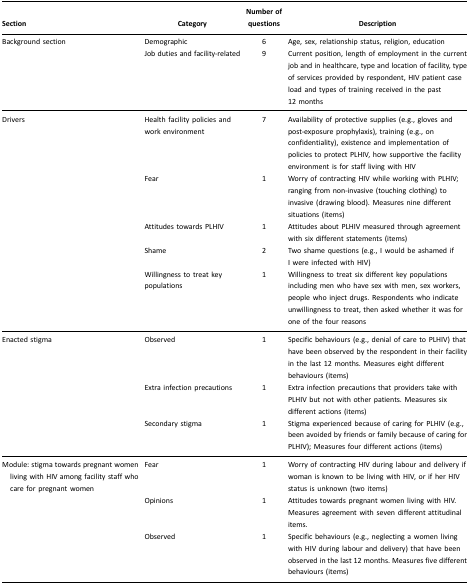
<table><thead><tr><td><b>Section</b></td><td><b>Category</b></td><td><b>Number of questions</b></td><td><b>Description</b></td></tr></thead><tbody><tr><td>Background section</td><td>Demographic</td><td>6</td><td>Age, sex, relationship status, religion, education</td></tr><tr><td></td><td>Job duties and facility-related</td><td>9</td><td>Current position, length of employment in the current job and in healthcare, type and location of facility, type of services provided by respondent, HIV patient case load and types of training received in the past 12 months</td></tr><tr><td>Drivers</td><td>Health facility policies and work environment</td><td>7</td><td>Availability of protective supplies (e.g., gloves and post-exposure prophylaxis), training (e.g., on confidentiality), existence and implementation of policies to protect PLHIV, how supportive the facility environment is for staff living with HIV</td></tr><tr><td></td><td>Fear</td><td>1</td><td>Worry of contracting HIV while working with PLHIV; ranging from non-invasive (touching clothing) to invasive (drawing blood). Measures nine different situations (items)</td></tr><tr><td></td><td>Attitudes towards PLHIV</td><td>1</td><td>Attitudes about PLHIV measured through agreement with six different statements (items)</td></tr><tr><td></td><td>Shame</td><td>2</td><td>Two shame questions (e.g., I would be ashamed if I were infected with HIV)</td></tr><tr><td></td><td>Willingness to treat key populations</td><td>1</td><td>Willingness to treat six different key populations including men who have sex with men, sex workers, people who inject drugs. Respondents who indicate unwillingness to treat, then asked whether it was for one of the four reasons</td></tr><tr><td>Enacted stigma</td><td>Observed</td><td>1</td><td>Specific behaviours (e.g., denial of care to PLHIV) that have been observed by the respondent in their facility in the last 12 months. Measures eight different behaviours (items)</td></tr><tr><td></td><td>Extra infection precautions</td><td>1</td><td>Extra infection precautions that providers take with PLHIV but not with other patients. Measures six different actions (items)</td></tr><tr><td></td><td>Secondary stigma</td><td>1</td><td>Stigma experienced because of caring for PLHIV (e.g., been avoided by friends or family because of caring for PLHIV); Measures four different actions (items)</td></tr><tr><td>Module: stigma towards pregnant women living with HIV among facility staff who care for pregnant women</td><td>Fear</td><td>1</td><td>Worry of contracting HIV during labour and delivery if woman is known to be living with HIV, or if her HIV status is unknown (two items)</td></tr><tr><td></td><td>Opinions</td><td>1</td><td>Attitudes towards pregnant women living with HIV. Measures agreement with seven different attitudinal items.</td></tr><tr><td></td><td>Observed</td><td>1</td><td>Specific behaviours (e.g., neglecting a women living with HIV during labour and delivery) that have been observed in the last 12 months. Measures five different behaviours (items)</td></tr></tbody></table>